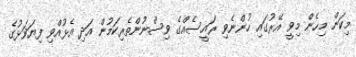
މިކަން މިހެން މިވީ އޭރުގައި ހުންނެވި ރައީސެއްގެ ވިސްނުންތެރިކަމުން އަދި އެޅުއްވި ފިޔަވަޅުގެ